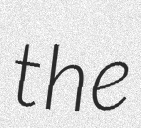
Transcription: the